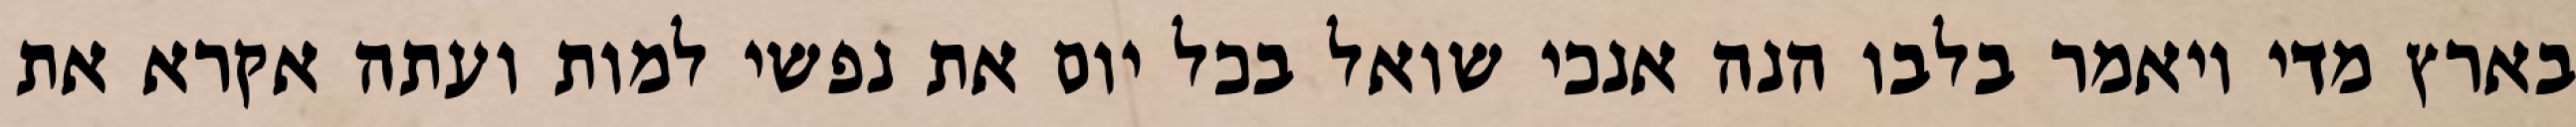
בארץ מדי ויאמר בלבו הנה אנכי שואל בכל יום את נפשי למות ועתה אקרא את